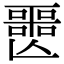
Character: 𡂤